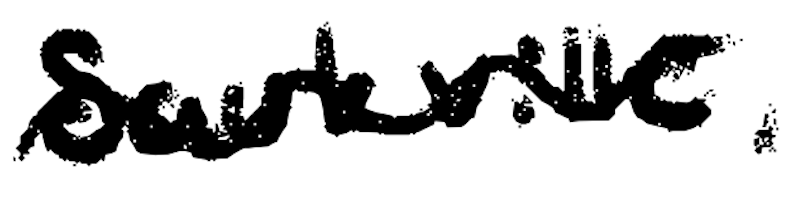
Text: Saukville,
Cross-out: wave
Writing tool: digital_black